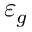
\varepsilon _ { g }